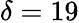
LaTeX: \delta=19